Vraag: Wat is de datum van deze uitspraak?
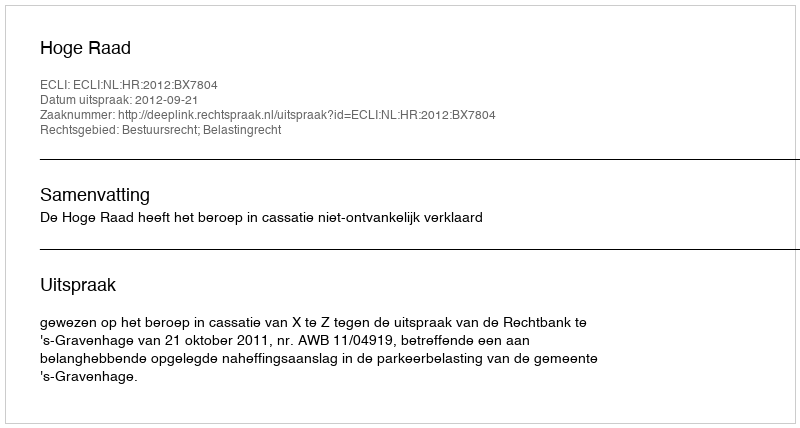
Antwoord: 2012-09-21